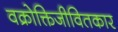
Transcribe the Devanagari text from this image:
वक्रोक्तिजीवितकार